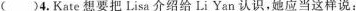
( )4.Kate 想要把 Lisa介绍给 Li Yan 认识,她应当这样说: